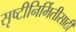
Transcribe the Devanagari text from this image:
सृष्टीनिर्मितीसाठी